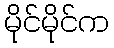
မိုင်မိုင်က